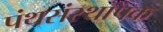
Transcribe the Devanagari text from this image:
पंथसंस्थापक